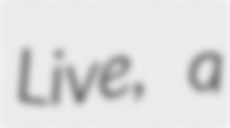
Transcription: Live, a